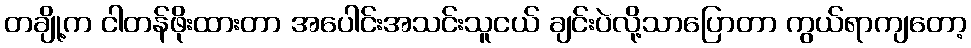
တချို့က ငါတန်ဖိုးထားတာ အပေါင်းအသင်းသူငယ် ချင်းပဲလို့သာပြောတာ ကွယ်ရာကျတော့